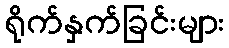
ရိုက်နှက်ခြင်းများ